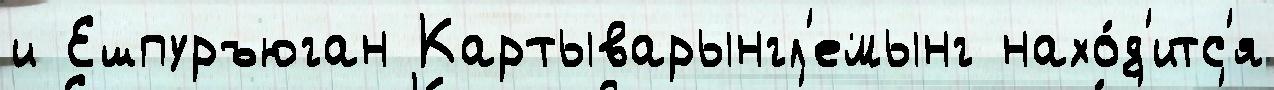
и Ешпуръюган Картыварынгл'емынг нахо́д'итс'я